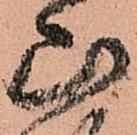
山